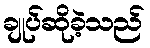
ချုပ်ဆိုခဲ့သည်